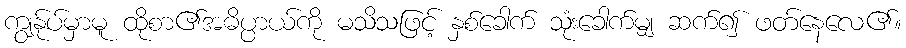
ကျွန်ုပ်မှာမူ ထိုစာ၏အဓိပ္ပာယ်ကို မသိသဖြင့် နှစ်ခေါက် သုံးခေါက်မျှ ဆက်၍ ဖတ်နေလေ၏။